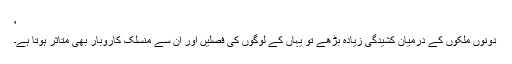
'
دونوں ملکوں کے درمیان کشیدگی زیادہ بڑھے تو یہاں کے لوگوں کی فصلیں اور ان سے منسلک کاروبار بھی متاثر ہوتا ہے۔